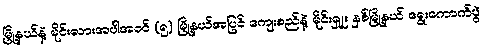
မြို့နယ်နဲ့ မိုင်းလားအပါအဝင် (၅) မြို့နယ်အပြင် ကျေးစည်နဲ့ မိုင်းရှူး နှစ်မြို့နယ် ရွေးကောက်ပွဲ